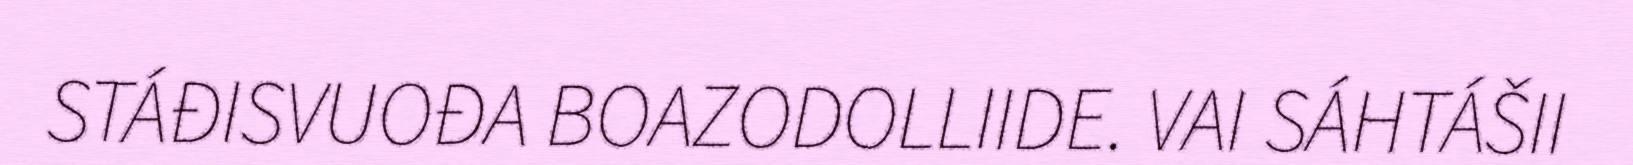
STÁĐISVUOĐA BOAZODOLLIIDE. VAI SÁHTÁŠII